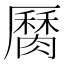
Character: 𦠩